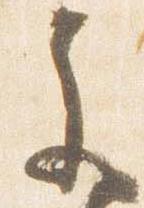
参